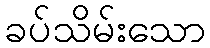
ခပ်သိမ်းသော